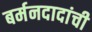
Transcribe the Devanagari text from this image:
बर्मनदादांची